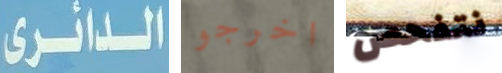
الدائرى اخرجو نتفحص